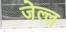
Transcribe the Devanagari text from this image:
जेल्ल